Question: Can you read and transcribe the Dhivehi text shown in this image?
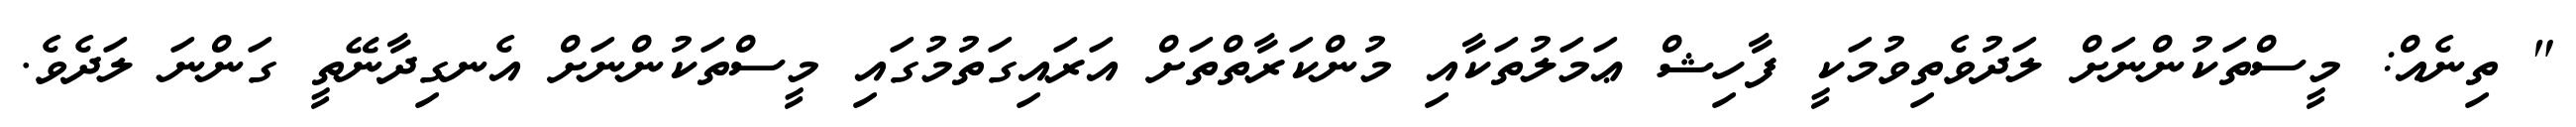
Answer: " ތިނެއް: މީސްތަކުންނަށް ލަދުވެތިވުމަކީ ފާހިޝް ޢަމަލުތަކާއި މުންކަރާތްތަށް އަރައިގަތުމުގައި މީސްތަކުންނަށް އެނގިދާނޭތީ ގަންނަ ލަދެވެ.